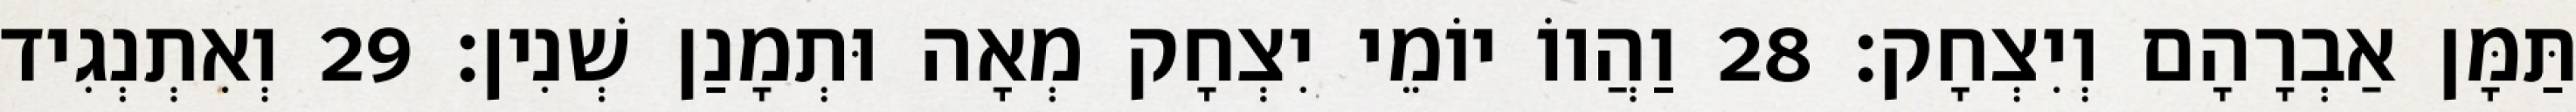
תַּמָּן אַבְרָהָם וְיִצְחָק׃ 28 וַהֲווֹ יוֹמֵי יִצְחָק מְאָה וּתְמָנַן שְׁנִין׃ 29 וְאִתְנְגִיד